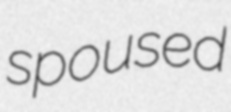
spoused